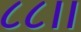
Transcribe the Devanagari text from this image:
८८।।